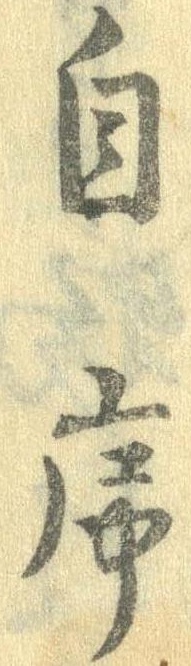
自序